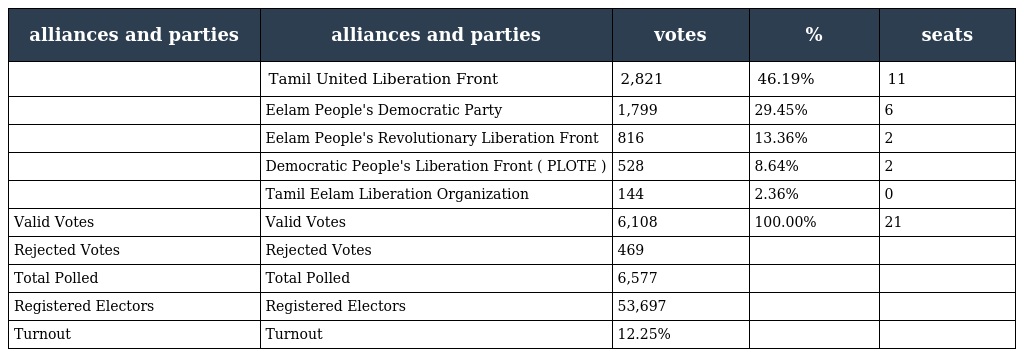
| alliances and parties | alliances and parties | votes | % | seats |
 | --- | --- | --- | --- | --- |
 |  | Tamil United Liberation Front | 2,821 | 46.19% | 11 |
 |  | Eelam People's Democratic Party | 1,799 | 29.45% | 6 |
 |  | Eelam People's Revolutionary Liberation Front | 816 | 13.36% | 2 |
 |  | Democratic People's Liberation Front ( PLOTE ) | 528 | 8.64% | 2 |
 |  | Tamil Eelam Liberation Organization | 144 | 2.36% | 0 |
 | Valid Votes | Valid Votes | 6,108 | 100.00% | 21 |
 | Rejected Votes | Rejected Votes | 469 |  |  |
 | Total Polled | Total Polled | 6,577 |  |  |
 | Registered Electors | Registered Electors | 53,697 |  |  |
 | Turnout | Turnout | 12.25% |  |  |